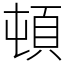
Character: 頓